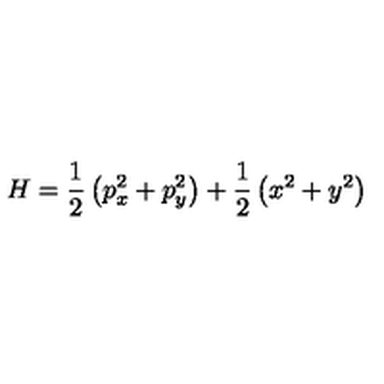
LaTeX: H = \frac { 1 } { 2 } \left( p _ { x } ^ { 2 } + p _ { y } ^ { 2 } \right) + \frac { 1 } { 2 } \left( x ^ { 2 } + y ^ { 2 } \right) \nonumber